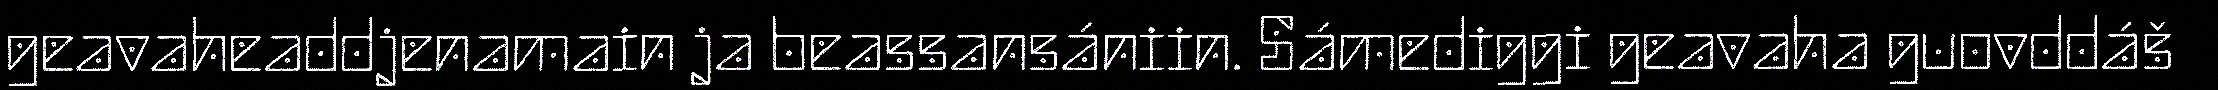
geavaheaddjenamain ja beassansániin. Sámediggi geavaha guovddáš